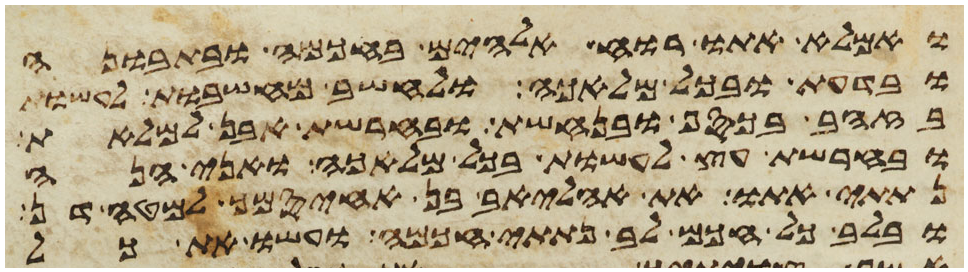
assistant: ואמלא אתו רוח אלהים בחכמה ובתבונה
ובדעת ובכל מלאכה ולחשב מחשבות לעשות
בזהב ובכסף ובנחשת ובחרשת אבן למלאת
ובחרשת עץ לעשות בכל מלאכה ואני הנה
נתתי אתו את אהליאב בן אחיסמך למטה דן
ובלב כל חכם לב נתתי חכמה ועשו את כל